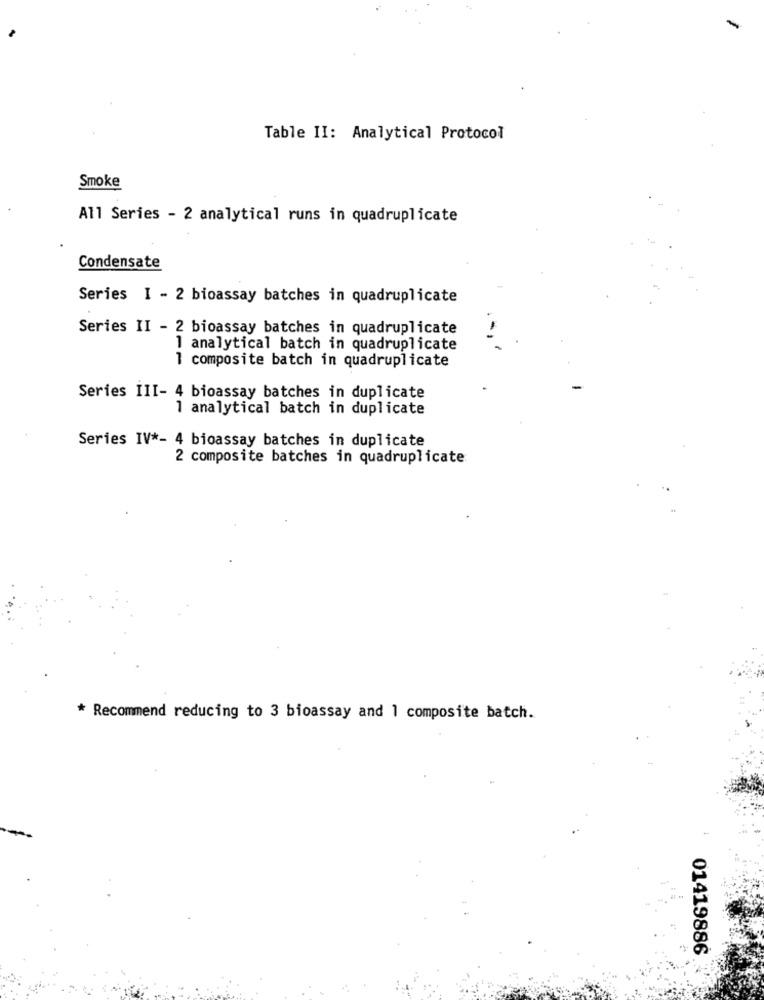
Table II: Analytical Protocol
Smoke
All Series - 2 analytical runs in quadruplicate
Condensate
Series I - 2 bioassay batches in quadruplicate
Series II - 2 bioassay batches in quadruplicate
1 analytical batch in quadruplicate
1 composite batch in quadruplicate
Series III- 4 bioassay batches in duplicate
1 analytical batch in duplicate
Series IV *- 4 bioassay batches in duplicate
2 composite batches in quadruplicate
* Recommend reducing to 3 bioassay and 1 composite batch.
01419886